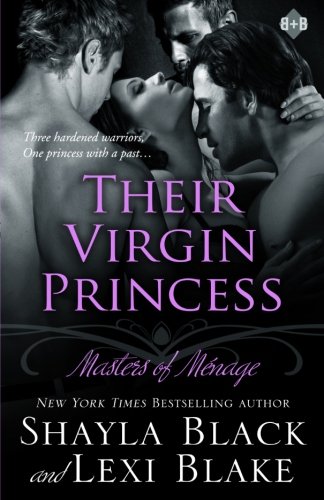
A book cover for Their Virgin Princess: Masters of MÃ©nage, Book 4 (Volume 4); Shayla Black; Romance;